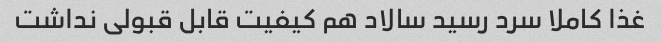
غذا کاملا سرد رسید سالاد هم کیفیت قابل قبولی نداشت